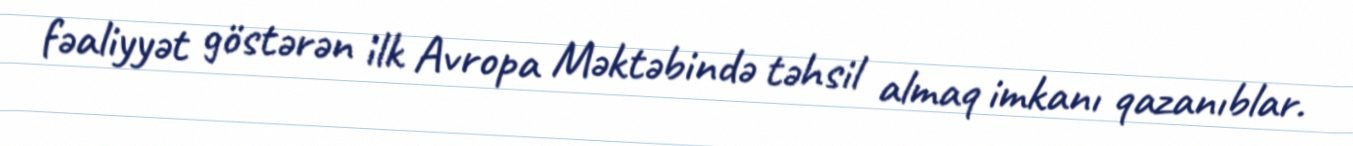
fəaliyyət göstərən ilk Avropa Məktəbində təhsil almaq imkanı qazanıblar.